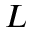
L